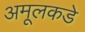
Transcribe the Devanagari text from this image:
अमूलकडे